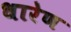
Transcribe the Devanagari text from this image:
धारेण